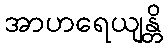
အာဟရေယျန္တိ